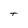
Character: t